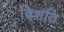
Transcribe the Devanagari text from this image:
विशति